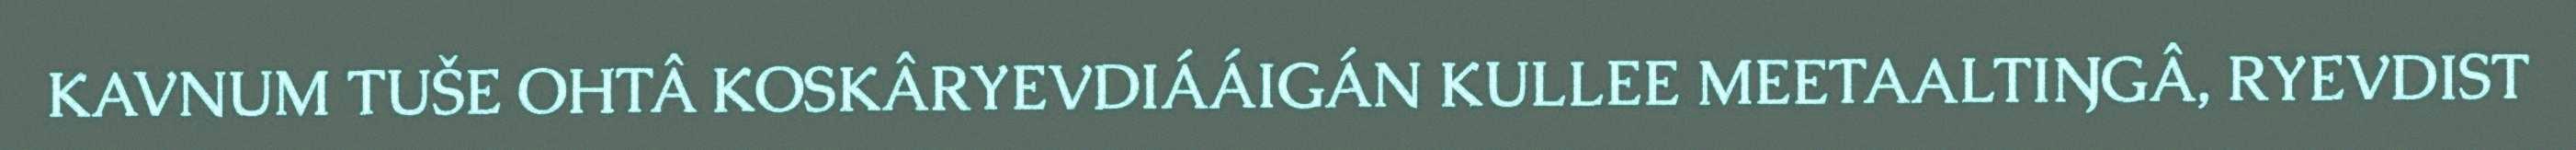
KAVNUM TUŠE OHTÂ KOSKÂRYEVDIÁÁIGÁN KULLEE MEETAALTIŊGÂ, RYEVDIST